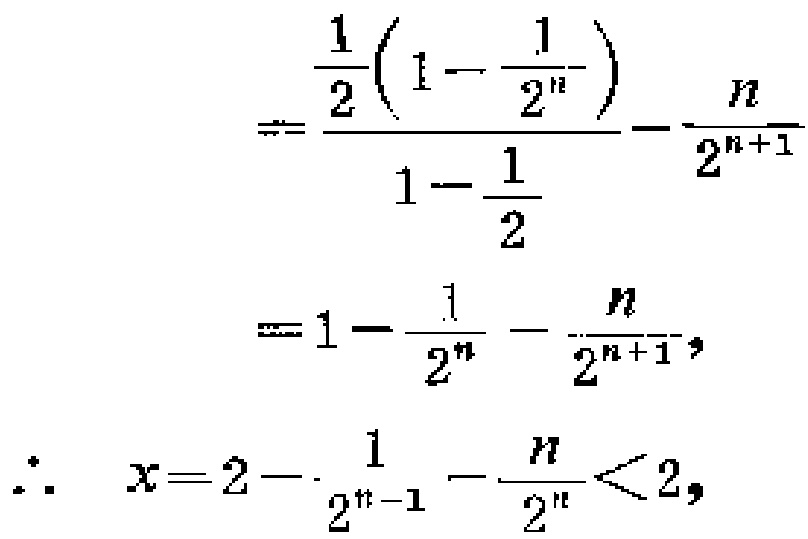
\[

\begin{align*}

&=\frac{\frac{1}{2}\left(1 - \frac{1}{2^{n}}\right)}{1-\frac{1}{2}}-\frac{n}{2^{n + 1}}\\

&=1-\frac{1}{2^{n}}-\frac{n}{2^{n + 1}},\\

\therefore\ x&=2-\frac{1}{2^{n - 1}}-\frac{n}{2^{n}}<2,

\end{align*}

\]